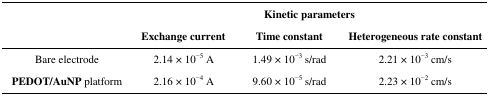
| <ROWSPAN=2>  | <COLSPAN=3> Kinetic parameters |
 | Exchange current | Time constant | Heterogeneous rate constant |
 | --- | --- | --- | --- |
 | Bare electrode | 2.14 × 10−5 A | 1.49 × 10−3 s/rad | 2.21 × 10−3 cm/s |
 | PEDOT/AuNP platform | 2.16 × 10−4 A | 9.60 × 10−5 s/rad | 2.23 × 10−2 cm/s |